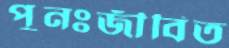
পুনঃজীবিত